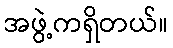
အဖွဲ့ကရှိတယ်။